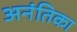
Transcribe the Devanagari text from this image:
अनंतिका